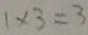
1 \times 3 = 3